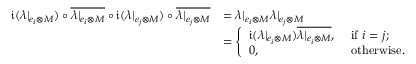
\begin{array} { r l } { \mathfrak { i } ( \lambda | _ { e _ { i } \otimes M } ) \circ \overline { { \lambda | _ { e _ { i } \otimes M } } } \circ \mathfrak { i } ( \lambda | _ { e _ { j } \otimes M } ) \circ \overline { { \lambda | _ { e _ { j } \otimes M } } } } & { = \lambda | _ { e _ { i } \otimes M } \lambda | _ { e _ { j } \otimes M } } \\ & { = \left\{ \begin{array} { l l } { \mathfrak { i } ( \lambda | _ { e _ { i } \otimes M } ) \overline { { \lambda | _ { e _ { i } \otimes M } } } , } & { \mathrm { ~ i f ~ } i = j ; } \\ { 0 , } & { \mathrm { ~ o t h e r w i s e } . } \end{array} \right. } \end{array}